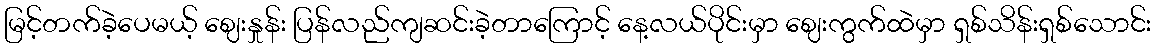
မြင့်တက်ခဲ့ပေမယ့် ဈေးနှုန်း ပြန်လည်ကျဆင်းခဲ့တာကြောင့် နေ့လယ်ပိုင်းမှာ ဈေးကွက်ထဲမှာ ရှစ်သိန်းရှစ်သောင်း